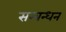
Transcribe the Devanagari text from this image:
सम्बन्धन